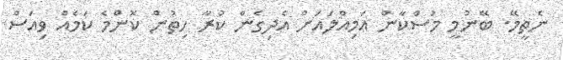
ނެތީމޭ. ބޭނުމީ މުސްކާން އަމިއްލައަށް އެދިގެން ކުރާ ހިތުން ކޮންމެ ކަމެއް ވިއަސް